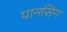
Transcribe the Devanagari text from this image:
पानसिंग